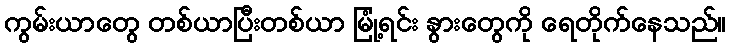
ကွမ်းယာတွေ တစ်ယာပြီးတစ်ယာ မြုံ့ရင်း နွားတွေကို ရေတိုက်နေသည်။